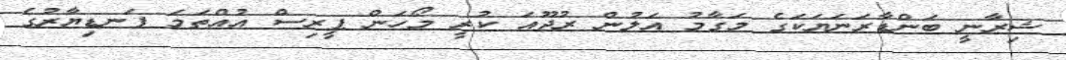
ޝިރާނީ ބަންޑާރަނަޔަކަގެ މަގާމު އަލުން ރުޖޫއަ ކުރީ މޯހަން ޕީރިސް އުއްތަމަ ފަނޑިޔާރުގެ